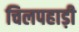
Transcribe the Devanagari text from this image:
चिलपहाड़ी